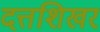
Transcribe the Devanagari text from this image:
दत्तशिखर